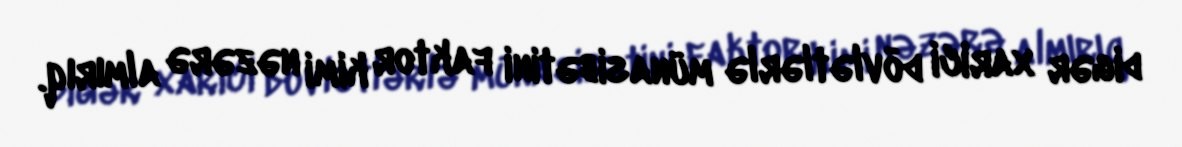
digər xarici dövlətlərlə münasibətini faktor kimi nəzərə almırıq.